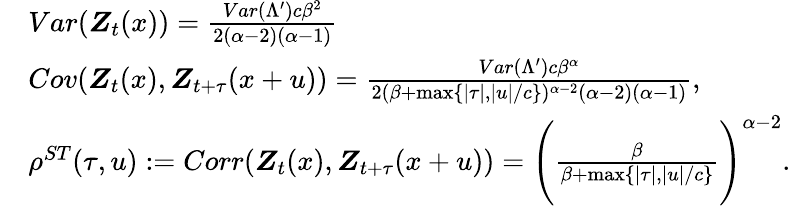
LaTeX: \begin{array}{rl}&{Var(\boldsymbol{Z}_{t}(x))=\frac{Var(\Lambda^{\prime})c\beta^{2}}{2(\alpha-2)(\alpha-1)}}\\ &{Cov(\boldsymbol{Z}_{t}(x),\boldsymbol{Z}_{t+\tau}(x+u))=\frac{Var(\Lambda^{\prime})c\beta^{\alpha}}{2(\beta+\operatorname*{max}\{ |\tau|,|u|/c\} )^{\alpha-2}(\alpha-2)(\alpha-1)},}\\ &{\rho^{ST}(\tau,u):=Corr(\boldsymbol{Z}_{t}(x),\boldsymbol{Z}_{t+\tau}(x+u))=\Bigg(\frac{\beta}{\beta+\operatorname*{max}\{ |\tau|,|u|/c\} }\Bigg)^{\alpha-2}.}\end{array}